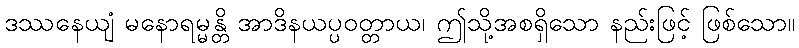
ဒဿနေယျံ မနောရမ္မန္တိ အာဒိနယပ္ပဝတ္တာယ၊ ဤသို့အစရှိသော နည်းဖြင့် ဖြစ်သော။